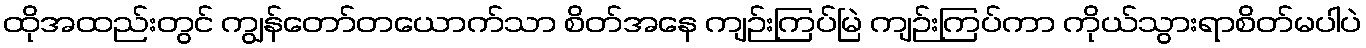
ထိုအထည်းတွင် ကျွန်တော်တယောက်သာ စိတ်အနေ ကျဉ်းကြပ်မြဲ ကျဉ်းကြပ်ကာ ကိုယ်သွားရာစိတ်မပါပဲ